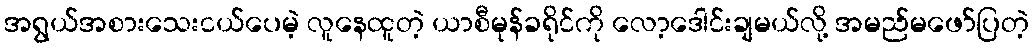
အရွယ်အစားသေးငယ်ပေမဲ့ လူနေထူတဲ့ ယာစီမုန်ခရိုင်ကို လော့ဒေါင်းချမယ်လို့ အမည်မဖော်ပြတဲ့